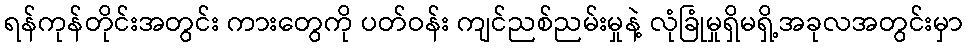
ရန်ကုန်တိုင်းအတွင်း ကားတွေကို ပတ်ဝန်း ကျင်ညစ်ညမ်းမှုနဲ့ လုံခြုံမှုရှိမရှိ့အခုလအတွင်းမှာ